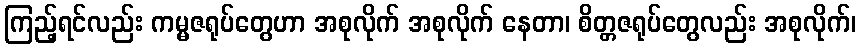
ကြည့်ရင်လည်း ကမ္မဇရုပ်တွေဟာ အစုလိုက် အစုလိုက် နေတာ၊ စိတ္တဇရုပ်တွေလည်း အစုလိုက်၊